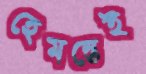
হেমন্তেই